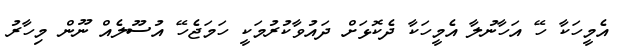
އެމީހަކާ ހޭ އަހާނުލާ އެމީހަކާ ދެކޮޅަށް ދައުވާކުރުމަކީ ހަމަޖެހޭ އުސޫލެއް ނޫން މިހާރު